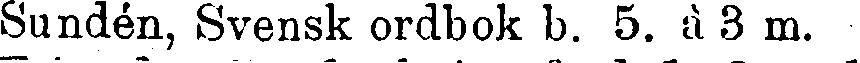
Sundén, Svensk ordbok b. 5. à 3 m.